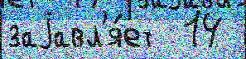
заjавл'я́ет  14